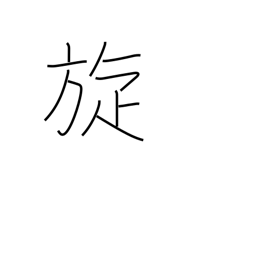
Meaning: rotation